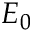
E _ { 0 }